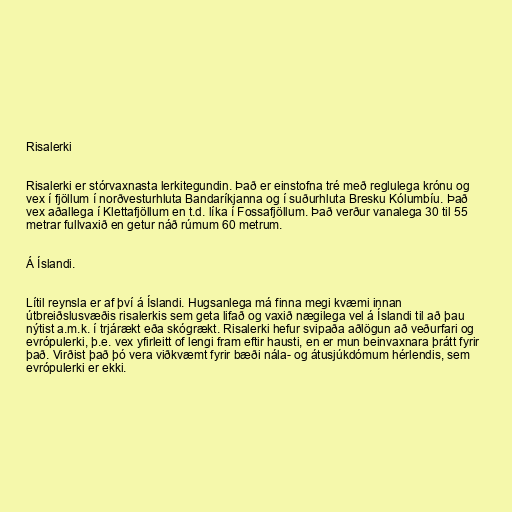
Risalerki

Risalerki er stórvaxnasta lerkitegundin. Það er einstofna tré með reglulega krónu og
vex í fjöllum í norðvesturhluta Bandaríkjanna og í suðurhluta Bresku Kólumbíu. Það
vex aðallega í Klettafjöllum en t.d. líka í Fossafjöllum. Það verður vanalega 30 til 55
metrar fullvaxið en getur náð rúmum 60 metrum.

Á Íslandi.

Lítil reynsla er af því á Íslandi. Hugsanlega má finna megi kvæmi innan
útbreiðslusvæðis risalerkis sem geta lifað og vaxið nægilega vel á Íslandi til að þau
nýtist a.m.k. í trjárækt eða skógrækt. Risalerki hefur svipaða aðlögun að veðurfari og
evrópulerki, þ.e. vex yfirleitt of lengi fram eftir hausti, en er mun beinvaxnara þrátt fyrir
það. Virðist það þó vera viðkvæmt fyrir bæði nála- og átusjúkdómum hérlendis, sem
evrópulerki er ekki.